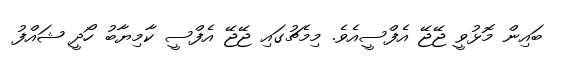
ބައިން މޮޅުވީ ޖޭޖޭ އެފްސީއެވެ. މިމެޗުގައި ޖޭޖޭ އެފްސީ ކާމިޔާބު ހޯދީ ޝައްފު